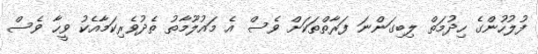
ފުލުހުންގެ ހިދުމަތް ލިބިގަންނަ ފަރާތްތަކަށް ވެސް އެ މައުލޫމާތު ތެދުވެރިކަމާއެކު ވީހާ ވެސް